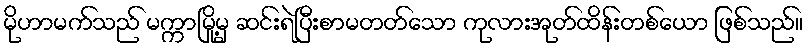
မိုဟာမက်သည် မက္ကာမြို့မှ ဆင်းရဲပြီးစာမတတ်သော ကုလားအုတ်ထိန်းတစ်ယော ဖြစ်သည်။